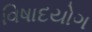
વિષાદયોગ